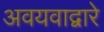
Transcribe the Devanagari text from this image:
अवयवाद्वारे